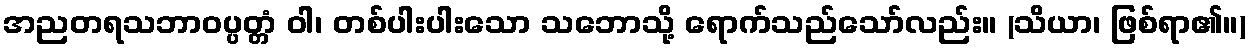
အညတရသဘာဝပ္ပတ္တံ ဝါ၊ တစ်ပါးပါးသော သဘောသို့ ရောက်သည်သော်လည်း။ (သိယာ၊ ဖြစ်ရာ၏။)